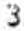
3